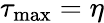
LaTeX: \tau_{\operatorname*{max}}=\eta